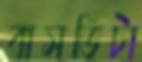
বাসভিটা